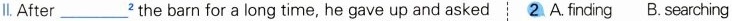
ll. After ___^{2} the barn for a long time, he gave up and asked 2 A.finding B.Searching